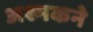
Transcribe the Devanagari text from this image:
अश्मकने